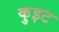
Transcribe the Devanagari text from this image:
कुइट